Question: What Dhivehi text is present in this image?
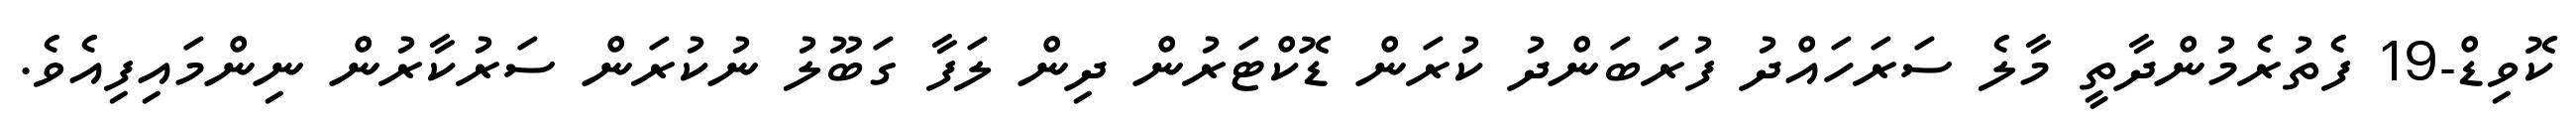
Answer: ކޮވިޑް-19 ފެތުރެމުންދާތީ މާލެ ސަރަހައްދު ފުރަބަންދު ކުރަން ޑޮކްޓަރުން ދިން ލަފާ ގަބޫލު ނުކުރަން ސަރުކާރުން ނިންމައިފިއެވެ.